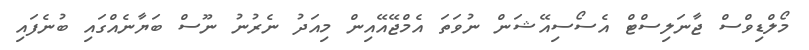
މޯލްޑިވްސް ޖާނަލިސްޓް އެސޯސިއޭޝަން ނުވަތަ އެމްޖޭއޭއިން މިއަދު ނެރުނު ނޫސް ބަޔާނެއްގައި ބުނެފައި